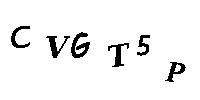
CVGT5P